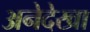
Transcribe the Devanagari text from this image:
अनेदेखा